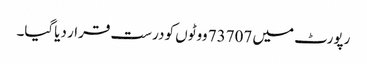
رپورٹ میں 73707 ووٹوں کو درست قرار دیاگیا۔